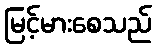
မြင့်မားစေသည်